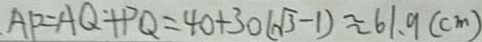
A P = A Q + P Q = 4 0 + 3 0 ( \sqrt { 3 } - 1 ) \approx 6 1 . 9 ( c m )